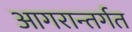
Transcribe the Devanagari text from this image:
आगरान्तर्गत